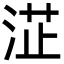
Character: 淽